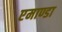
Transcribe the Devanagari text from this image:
एमाण्डा